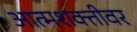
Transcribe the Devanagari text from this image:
आत्मशक्तीवर